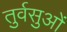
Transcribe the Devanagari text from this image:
तुर्वसुओं